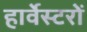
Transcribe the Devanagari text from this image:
हार्वेस्टरों